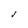
Character: J